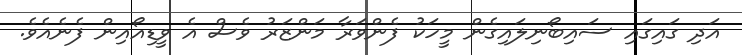
އަދި ގައިގައި ސައިބޯނިލައިގެން މީހަކު ފެންވަރާ މަންޒަރު ވެސް އެ ވީޑިއޯއިން ފެނެއެވެ.